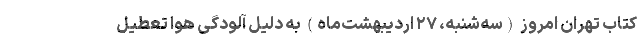
کتاب تهران امروز (سه‌شنبه، ۲۷ اردیبهشت‌ماه) به دلیل آلودگی هوا تعطیل